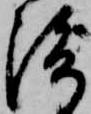
渡